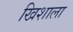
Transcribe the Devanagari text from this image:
खिशाला